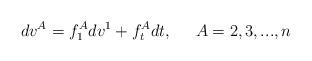
LaTeX: \begin{align*}dv^A=f_1^Adv^1+f_t^Adt,\;\;\;\;\;A=2,3,...,n\end{align*}